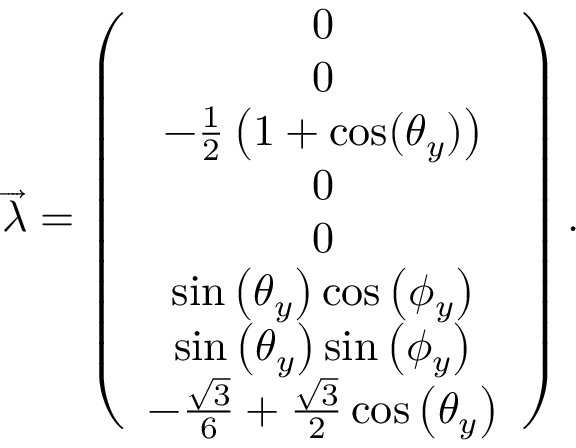
\begin{array} { r } { \overrightarrow { \lambda } = \left( \begin{array} { c } { 0 } \\ { 0 } \\ { - \frac { 1 } { 2 } \left( 1 + \cos ( \theta _ { y } ) \right) } \\ { 0 } \\ { 0 } \\ { \sin \left( \theta _ { y } \right) \cos \left( \phi _ { y } \right) } \\ { \sin \left( \theta _ { y } \right) \sin \left( \phi _ { y } \right) } \\ { - \frac { \sqrt { 3 } } { 6 } + \frac { \sqrt { 3 } } { 2 } \cos \left( \theta _ { y } \right) } \end{array} \right) . } \end{array}